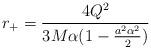
LaTeX: \begin{align*}r_+ = \frac{4Q^2}{3M\alpha(1-\frac{a^2\alpha^2}{2})} \end{align*}